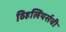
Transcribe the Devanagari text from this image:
व्हिलियर्सची